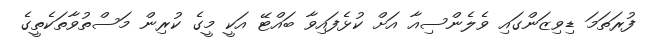
ފުރަތަަމަ ޑިވިޒަންގައި ވެލެންސިއާ އަށް ކުޅެފައިވާ ބައްޓޭ އަކީ މީގެ ކުރިން މަސްތުވާތަކެތީގެ